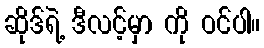
ဆိုဒ်ရဲ့ ဒီလင့်မှာ ကို ဝင်ပါ။